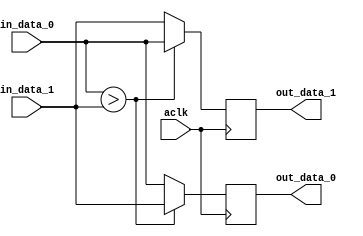
// Pre-sorter sort each 512-bit axi transfer data into 16 sorted elements
// before distributing them into FIFOs
////////////////////////////////////////////////////////////////////////////////

////////////////////////////////////////////////////////////////////////////////
// CAS_PRESORT will ensure out_data_1 >= out_data_0
////////////////////////////////////////////////////////////////////////////////
module CAS_PRESORT #
(
    parameter integer  DATA_WIDTH = 32
)
(
    input   wire                            aclk,  
    input   wire    [DATA_WIDTH-1:0]        in_data_0,
    input   wire    [DATA_WIDTH-1:0]        in_data_1,
    output  wire    [DATA_WIDTH-1:0]        out_data_0,
    output  wire    [DATA_WIDTH-1:0]        out_data_1
);

    reg [DATA_WIDTH-1:0]    out_data_reg_0 = {DATA_WIDTH{1'b0}};
    reg [DATA_WIDTH-1:0]    out_data_reg_1 = {DATA_WIDTH{1'b0}};

    always @(posedge aclk) begin
        if (in_data_0[DATA_WIDTH-1:0] > in_data_1[DATA_WIDTH-1:0]) begin
            /* switch */
            out_data_reg_0 <= in_data_1;
            out_data_reg_1 <= in_data_0;
        end
        else begin
            /* stay */
            out_data_reg_0 <= in_data_0;
            out_data_reg_1 <= in_data_1;
        end
    end

    assign out_data_0 = out_data_reg_0;
    assign out_data_1 = out_data_reg_1;

endmodule


module presorter #(
    parameter integer  DATA_WIDTH = 32
)
(
    input   wire                            aclk,  
    input   wire    [16*DATA_WIDTH-1:0]     in_data,
    output  wire    [16*DATA_WIDTH-1:0]     out_data
);

    wire    [16*DATA_WIDTH-1:0]             inter_data_1;
    wire    [16*DATA_WIDTH-1:0]             inter_data_2;
    wire    [16*DATA_WIDTH-1:0]             inter_data_3;
    wire    [16*DATA_WIDTH-1:0]             inter_data_4;
    wire    [16*DATA_WIDTH-1:0]             inter_data_5;
    wire    [16*DATA_WIDTH-1:0]             inter_data_6;
    wire    [16*DATA_WIDTH-1:0]             inter_data_7;
    wire    [16*DATA_WIDTH-1:0]             inter_data_8;
    wire    [16*DATA_WIDTH-1:0]             inter_data_9;

    genvar i, j;

    /* step 1 */
    generate
        for (i=0; i<16; i=i+4) begin: GEN_CAS_PRESORT_1_0
            CAS_PRESORT #(
                .DATA_WIDTH(DATA_WIDTH)
            )
            CAS_PRESORT_INST(
                .aclk(aclk),  
                .in_data_0(in_data[(i+1)*DATA_WIDTH-1:i*DATA_WIDTH]),
                .in_data_1(in_data[(i+2)*DATA_WIDTH-1:(i+1)*DATA_WIDTH]),
                .out_data_0(inter_data_1[(i+1)*DATA_WIDTH-1:i*DATA_WIDTH]),
                .out_data_1(inter_data_1[(i+2)*DATA_WIDTH-1:(i+1)*DATA_WIDTH])
            );
        end
    endgenerate

    generate
        for (i=2; i<16; i=i+4) begin: GEN_CAS_PRESORT_1_1
            CAS_PRESORT #(
                .DATA_WIDTH(DATA_WIDTH)
            )
            CAS_PRESORT_INST(
                .aclk(aclk),  
                .in_data_0(in_data[(i+1)*DATA_WIDTH-1:i*DATA_WIDTH]),
                .in_data_1(in_data[(i+2)*DATA_WIDTH-1:(i+1)*DATA_WIDTH]),
                .out_data_0(inter_data_1[(i+2)*DATA_WIDTH-1:(i+1)*DATA_WIDTH]),
                .out_data_1(inter_data_1[(i+1)*DATA_WIDTH-1:i*DATA_WIDTH])
            );
        end
    endgenerate

    /* step 2 */
    generate
        for (i=0; i<16; i=i+8) begin: GEN_CAS_PRESORT_2_0
            for (j=0; j<2; j=j+1) begin
                CAS_PRESORT #(
                    .DATA_WIDTH(DATA_WIDTH)
                )
                CAS_PRESORT_INST(
                    .aclk(aclk),  
                    .in_data_0(inter_data_1[(i+j+1)*DATA_WIDTH-1:(i+j)*DATA_WIDTH]),
                    .in_data_1(inter_data_1[(i+j+3)*DATA_WIDTH-1:(i+j+2)*DATA_WIDTH]),
                    .out_data_0(inter_data_2[(i+j+1)*DATA_WIDTH-1:(i+j)*DATA_WIDTH]),
                    .out_data_1(inter_data_2[(i+j+3)*DATA_WIDTH-1:(i+j+2)*DATA_WIDTH])
                );   
            end
        end
    endgenerate

    generate
        for (i=4; i<16; i=i+8) begin: GEN_CAS_PRESORT_2_1
            for (j=0; j<2; j=j+1) begin
                CAS_PRESORT #(
                    .DATA_WIDTH(DATA_WIDTH)
                )
                CAS_PRESORT_INST(
                    .aclk(aclk),  
                    .in_data_0(inter_data_1[(i+j+1)*DATA_WIDTH-1:(i+j)*DATA_WIDTH]),
                    .in_data_1(inter_data_1[(i+j+3)*DATA_WIDTH-1:(i+j+2)*DATA_WIDTH]),
                    .out_data_0(inter_data_2[(i+j+3)*DATA_WIDTH-1:(i+j+2)*DATA_WIDTH]),
                    .out_data_1(inter_data_2[(i+j+1)*DATA_WIDTH-1:(i+j)*DATA_WIDTH])
                );  
            end
        end 
    endgenerate

    /* step 3 */
    generate
        for (i=0; i<16; i=i+8) begin: GEN_CAS_PRESORT_3_0
            for (j=0; j<4; j=j+2) begin
                CAS_PRESORT #(
                    .DATA_WIDTH(DATA_WIDTH)
                )
                CAS_PRESORT_INST(
                    .aclk(aclk),  
                    .in_data_0(inter_data_2[(i+j+1)*DATA_WIDTH-1:(i+j)*DATA_WIDTH]),
                    .in_data_1(inter_data_2[(i+j+2)*DATA_WIDTH-1:(i+j+1)*DATA_WIDTH]),
                    .out_data_0(inter_data_3[(i+j+1)*DATA_WIDTH-1:(i+j)*DATA_WIDTH]),
                    .out_data_1(inter_data_3[(i+j+2)*DATA_WIDTH-1:(i+j+1)*DATA_WIDTH])
                );   
            end
        end
    endgenerate

    generate
        for (i=4; i<16; i=i+8) begin: GEN_CAS_PRESORT_3_1
            for (j=0; j<4; j=j+2) begin
                CAS_PRESORT #(
                    .DATA_WIDTH(DATA_WIDTH)
                )
                CAS_PRESORT_INST(
                    .aclk(aclk),  
                    .in_data_0(inter_data_2[(i+j+1)*DATA_WIDTH-1:(i+j)*DATA_WIDTH]),
                    .in_data_1(inter_data_2[(i+j+2)*DATA_WIDTH-1:(i+j+1)*DATA_WIDTH]),
                    .out_data_0(inter_data_3[(i+j+2)*DATA_WIDTH-1:(i+j+1)*DATA_WIDTH]),
                    .out_data_1(inter_data_3[(i+j+1)*DATA_WIDTH-1:(i+j)*DATA_WIDTH])
                );   
            end
        end
    endgenerate

    /* step 4 */
    generate
        for (i=0; i<4; i=i+1) begin: GEN_CAS_PRESORT_4_0
            CAS_PRESORT #(
                .DATA_WIDTH(DATA_WIDTH)
            )
            CAS_PRESORT_INST(
                .aclk(aclk),  
                .in_data_0(inter_data_3[(i+1)*DATA_WIDTH-1:i*DATA_WIDTH]),
                .in_data_1(inter_data_3[(i+5)*DATA_WIDTH-1:(i+4)*DATA_WIDTH]),
                .out_data_0(inter_data_4[(i+1)*DATA_WIDTH-1:i*DATA_WIDTH]),
                .out_data_1(inter_data_4[(i+5)*DATA_WIDTH-1:(i+4)*DATA_WIDTH])
            ); 
        end  
    endgenerate

    generate
        for (i=8; i<12; i=i+1) begin: GEN_CAS_PRESORT_4_1
            CAS_PRESORT #(
                .DATA_WIDTH(DATA_WIDTH)
            )
            CAS_PRESORT_INST(
                .aclk(aclk),  
                .in_data_0(inter_data_3[(i+1)*DATA_WIDTH-1:i*DATA_WIDTH]),
                .in_data_1(inter_data_3[(i+5)*DATA_WIDTH-1:(i+4)*DATA_WIDTH]),
                .out_data_0(inter_data_4[(i+5)*DATA_WIDTH-1:(i+4)*DATA_WIDTH]),
                .out_data_1(inter_data_4[(i+1)*DATA_WIDTH-1:i*DATA_WIDTH])
            ); 
        end  
    endgenerate
    
    /* step 5 */
    generate
        for (i=0; i<8; i=i+4) begin: GEN_CAS_PRESORT_5_0
            for (j=0; j<2; j=j+1) begin
                CAS_PRESORT #(
                    .DATA_WIDTH(DATA_WIDTH)
                )
                CAS_PRESORT_INST(
                    .aclk(aclk),  
                    .in_data_0(inter_data_4[(i+j+1)*DATA_WIDTH-1:(i+j)*DATA_WIDTH]),
                    .in_data_1(inter_data_4[(i+j+3)*DATA_WIDTH-1:(i+j+2)*DATA_WIDTH]),
                    .out_data_0(inter_data_5[(i+j+1)*DATA_WIDTH-1:(i+j)*DATA_WIDTH]),
                    .out_data_1(inter_data_5[(i+j+3)*DATA_WIDTH-1:(i+j+2)*DATA_WIDTH])
                );   
            end
        end
    endgenerate    

    generate
        for (i=8; i<16; i=i+4) begin: GEN_CAS_PRESORT_5_1
            for (j=0; j<2; j=j+1) begin
                CAS_PRESORT #(
                    .DATA_WIDTH(DATA_WIDTH)
                )
                CAS_PRESORT_INST(
                    .aclk(aclk),  
                    .in_data_0(inter_data_4[(i+j+1)*DATA_WIDTH-1:(i+j)*DATA_WIDTH]),
                    .in_data_1(inter_data_4[(i+j+3)*DATA_WIDTH-1:(i+j+2)*DATA_WIDTH]),
                    .out_data_0(inter_data_5[(i+j+3)*DATA_WIDTH-1:(i+j+2)*DATA_WIDTH]),
                    .out_data_1(inter_data_5[(i+j+1)*DATA_WIDTH-1:(i+j)*DATA_WIDTH])
                );   
            end
        end
    endgenerate  

    /* step 6 */
    generate
        for (i=0; i<8; i=i+2) begin: GEN_CAS_PRESORT_6_0
            CAS_PRESORT #(
                .DATA_WIDTH(DATA_WIDTH)
            )
            CAS_PRESORT_INST(
                .aclk(aclk),  
                .in_data_0(inter_data_5[(i+1)*DATA_WIDTH-1:i*DATA_WIDTH]),
                .in_data_1(inter_data_5[(i+2)*DATA_WIDTH-1:(i+1)*DATA_WIDTH]),
                .out_data_0(inter_data_6[(i+1)*DATA_WIDTH-1:i*DATA_WIDTH]),
                .out_data_1(inter_data_6[(i+2)*DATA_WIDTH-1:(i+1)*DATA_WIDTH])
            );   
        end
    endgenerate     

    generate
        for (i=8; i<16; i=i+2) begin: GEN_CAS_PRESORT_6_1
            CAS_PRESORT #(
                .DATA_WIDTH(DATA_WIDTH)
            )
            CAS_PRESORT_INST(
                .aclk(aclk),  
                .in_data_0(inter_data_5[(i+1)*DATA_WIDTH-1:i*DATA_WIDTH]),
                .in_data_1(inter_data_5[(i+2)*DATA_WIDTH-1:(i+1)*DATA_WIDTH]),
                .out_data_0(inter_data_6[(i+2)*DATA_WIDTH-1:(i+1)*DATA_WIDTH]),
                .out_data_1(inter_data_6[(i+1)*DATA_WIDTH-1:i*DATA_WIDTH])
            );   
        end
    endgenerate

    /* step 7 */   
    generate
        for (i=0; i<8; i=i+1) begin: GEN_CAS_PRESORT_7
            CAS_PRESORT #(
                .DATA_WIDTH(DATA_WIDTH)
            )
            CAS_PRESORT_INST(
                .aclk(aclk),  
                .in_data_0(inter_data_6[(i+1)*DATA_WIDTH-1:i*DATA_WIDTH]),
                .in_data_1(inter_data_6[(i+9)*DATA_WIDTH-1:(i+8)*DATA_WIDTH]),
                .out_data_0(inter_data_7[(i+1)*DATA_WIDTH-1:i*DATA_WIDTH]),
                .out_data_1(inter_data_7[(i+9)*DATA_WIDTH-1:(i+8)*DATA_WIDTH])
            );   
        end
    endgenerate

    /* step 8 */
    generate
        for (i=0; i<16; i=i+8) begin: GEN_CAS_PRESORT_8
            for (j=0; j<4; j=j+1) begin
                CAS_PRESORT #(
                    .DATA_WIDTH(DATA_WIDTH)
                )
                CAS_PRESORT_INST(
                    .aclk(aclk),  
                    .in_data_0(inter_data_7[(i+j+1)*DATA_WIDTH-1:(i+j)*DATA_WIDTH]),
                    .in_data_1(inter_data_7[(i+j+5)*DATA_WIDTH-1:(i+j+4)*DATA_WIDTH]),
                    .out_data_0(inter_data_8[(i+j+1)*DATA_WIDTH-1:(i+j)*DATA_WIDTH]),
                    .out_data_1(inter_data_8[(i+j+5)*DATA_WIDTH-1:(i+j+4)*DATA_WIDTH])
                );   
            end
        end
    endgenerate 

    /* step 9 */
    generate
        for (i=0; i<16; i=i+4) begin: GEN_CAS_PRESORT_9
            for (j=0; j<2; j=j+1) begin
                CAS_PRESORT #(
                    .DATA_WIDTH(DATA_WIDTH)
                )
                CAS_PRESORT_INST(
                    .aclk(aclk),  
                    .in_data_0(inter_data_8[(i+j+1)*DATA_WIDTH-1:(i+j)*DATA_WIDTH]),
                    .in_data_1(inter_data_8[(i+j+3)*DATA_WIDTH-1:(i+j+2)*DATA_WIDTH]),
                    .out_data_0(inter_data_9[(i+j+1)*DATA_WIDTH-1:(i+j)*DATA_WIDTH]),
                    .out_data_1(inter_data_9[(i+j+3)*DATA_WIDTH-1:(i+j+2)*DATA_WIDTH])
                );   
            end
        end
    endgenerate 

    /* step 10 */
    generate
        for (i=0; i<16; i=i+2) begin: GEN_CAS_PRESORT_10
            CAS_PRESORT #(
                .DATA_WIDTH(DATA_WIDTH)
            )
            CAS_PRESORT_INST(
                .aclk(aclk),  
                .in_data_0(inter_data_9[(i+1)*DATA_WIDTH-1:i*DATA_WIDTH]),
                .in_data_1(inter_data_9[(i+2)*DATA_WIDTH-1:(i+1)*DATA_WIDTH]),
                .out_data_0(out_data[(i+1)*DATA_WIDTH-1:i*DATA_WIDTH]),
                .out_data_1(out_data[(i+2)*DATA_WIDTH-1:(i+1)*DATA_WIDTH])
            );   
        end
    endgenerate 

endmodule